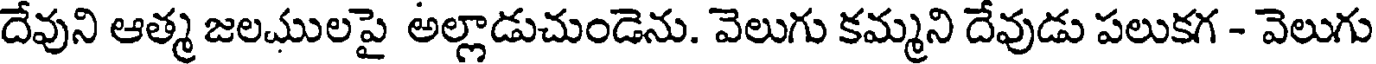
దేవుని ఆత్మ జలములపై అల్లాడుచుండెను. వెలుగు కమ్మని దేవుడు పలుకగ - వెలుగు